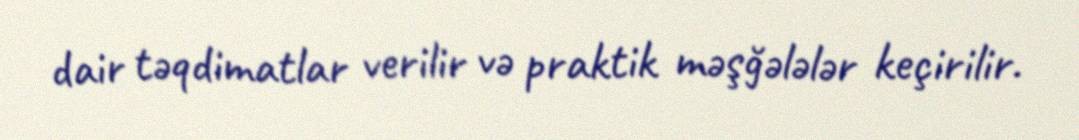
dair təqdimatlar verilir və praktik məşğələlər keçirilir.